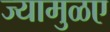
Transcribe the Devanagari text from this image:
ज्यामुळए